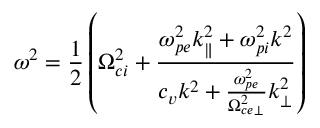
\omega ^ { 2 } = \frac { 1 } { 2 } \left( \Omega _ { c i } ^ { 2 } + \frac { \omega _ { p e } ^ { 2 } k _ { \parallel } ^ { 2 } + \omega _ { p i } ^ { 2 } k ^ { 2 } } { c _ { v } k ^ { 2 } + \frac { \omega _ { p e } ^ { 2 } } { \Omega _ { c e } ^ { 2 } { } _ { \perp } } k _ { \perp } ^ { 2 } } \right)